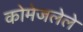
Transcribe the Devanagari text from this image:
कोमेजलेले